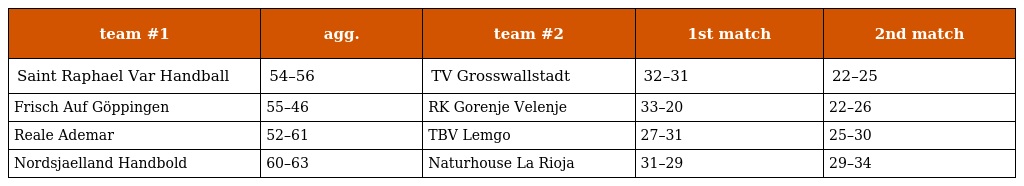
| team #1 | agg. | team #2 | 1st match | 2nd match |
 | --- | --- | --- | --- | --- |
 | Saint Raphael Var Handball | 54–56 | TV Grosswallstadt | 32–31 | 22–25 |
 | Frisch Auf Göppingen | 55–46 | RK Gorenje Velenje | 33–20 | 22–26 |
 | Reale Ademar | 52–61 | TBV Lemgo | 27–31 | 25–30 |
 | Nordsjaelland Handbold | 60–63 | Naturhouse La Rioja | 31–29 | 29–34 |